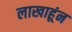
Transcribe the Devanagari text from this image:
लाखाहूंन